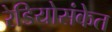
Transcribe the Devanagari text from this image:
रेडियोसंकेत